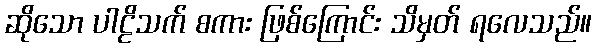
ဆိုသော ပါဠိသက် စကား ဖြစ်ကြောင်း သိမှတ် ရလေသည်။